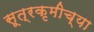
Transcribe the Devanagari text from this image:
सूत्रकृमीच्या